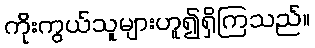
ကိုးကွယ်သူများဟူ၍ရှိကြသည်။